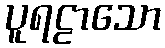
ပူရဠာသော